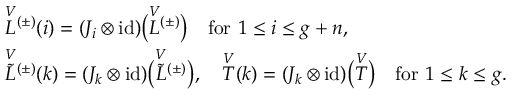
\begin{array} { r l } & { \overset { V } { L } { ^ { ( \pm ) } } ( i ) = ( J _ { i } \otimes \mathrm { i d } ) \bigl ( \overset { V } { L } { ^ { ( \pm ) } } \bigr ) \quad \mathrm { f o r ~ } 1 \leq i \leq g + n , } \\ & { \overset { V } { \widetilde { L } } { ^ { ( \pm ) } } ( k ) = ( J _ { k } \otimes \mathrm { i d } ) \bigl ( \overset { V } { \widetilde { L } } { ^ { ( \pm ) } } \bigr ) , \quad \overset { V } { T } ( k ) = ( J _ { k } \otimes \mathrm { i d } ) \bigl ( \overset { V } { T } \bigr ) \quad \mathrm { f o r ~ } 1 \leq k \leq g . } \end{array}